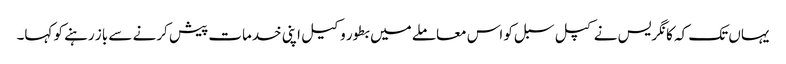
یہاں تک کہ کانگریس نے کپل سبل کو اس معاملے میں بطور وکیل اپنی خدمات پیش کرنے سے باز رہنے کو کہا۔